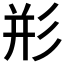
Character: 𰐨